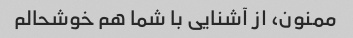
ممنون، از آشنایی با شما هم خوشحالم